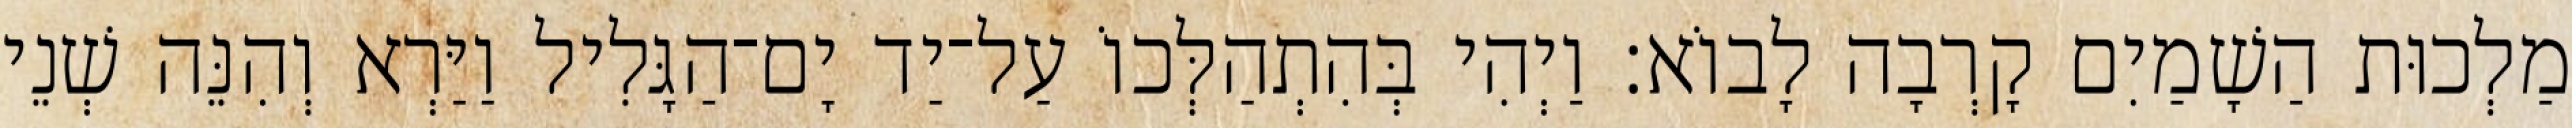
מַלְכוּת הַשָׁמַיִם קָרְבָה לָבוֹא׃ וַיְהִי בְּהִתְהַלְּכוֹ עַל־יַד יָם־הַגָּלִיל וַיַּרְא וְהִנֵּה שְׁנֵי